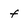
Character: f